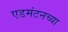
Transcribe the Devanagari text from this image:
एडमंटनच्या